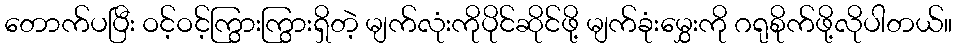
တောက်ပပြီး ဝင့်ဝင့်ကြွားကြွားရှိတဲ့ မျက်လုံးကိုပိုင်ဆိုင်ဖို့ မျက်ခုံးမွှေးကို ဂရုစိုက်ဖို့လိုပါတယ်။